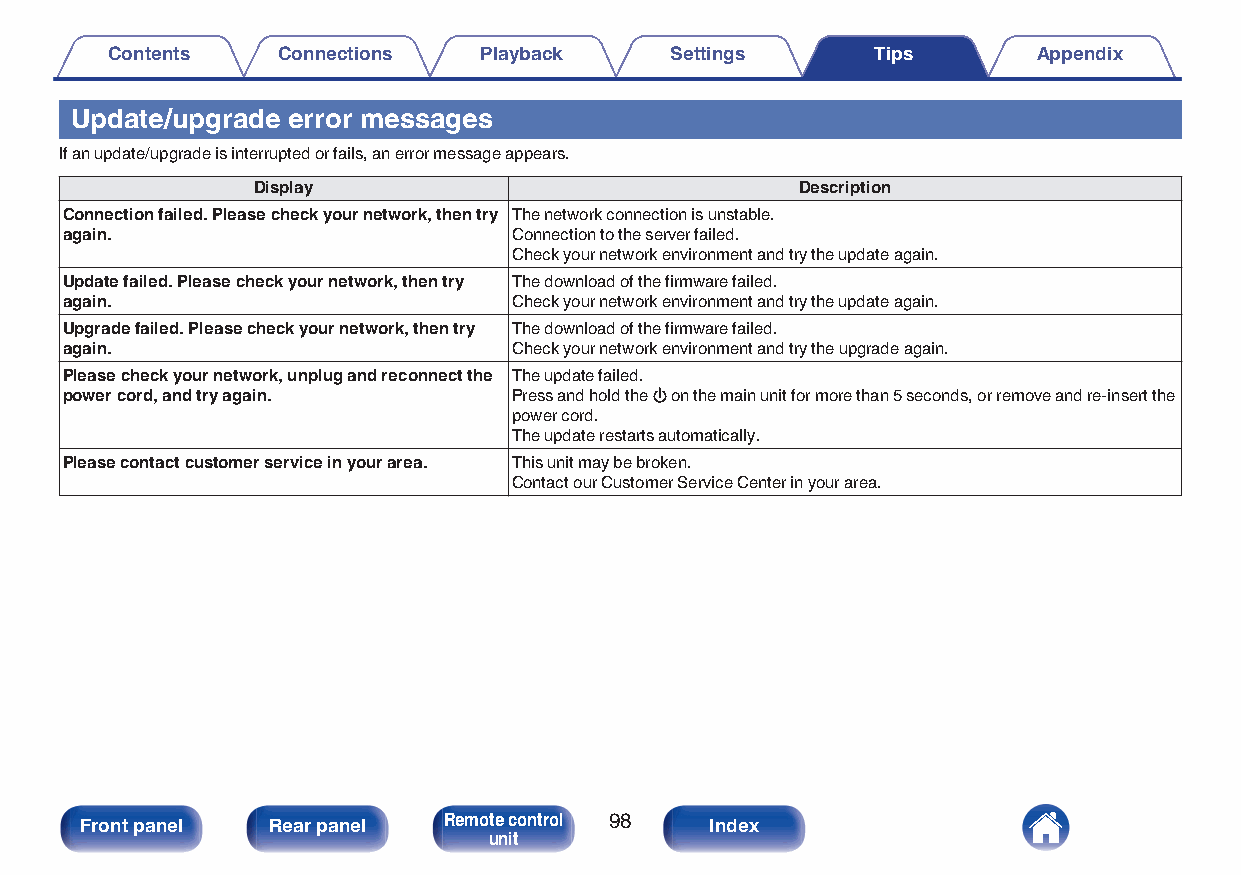
Contents   Connections   Playback    Settings      Tips       Appendix
 Update/upgrade error messages
 If an update/upgrade is interrupted or fails, an error message appears.
 Display                             Description
 Connection failed. Please check your network, then try The network connection is unstable.
 again.                        Connection to the server failed.
 Check your network environment and try the update again.
 Update failed. Please check your network, then try The download of the firmware failed.
 again.                        Check your network environment and try the update again.
 Upgrade failed. Please check your network, then try The download of the firmware failed.
 again.                        Check your network environment and try the upgrade again.
 Please check your network, unplug and reconnect the The update failed.
 power cord, and try again.    Press and hold the X on the main unit for more than 5 seconds, or remove and re-insert the
 power cord.
 The update restarts automatically.
 Please contact customer service in your area. This unit may be broken.
 Contact our Customer Service Center in your area.
 Front panel  Rear panel Remote control 98 Index
 unit